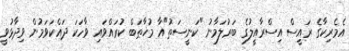
އެމެރިކާގެ ރައީސް އިސްރާއީލުގެ ބަރުލަމާނު "ކަނީސަތު"އާ މުޚާޠަބް ކުރައްވައި ވާހަކަ ދައްކަވަމުން ވިދާޅުވީ